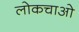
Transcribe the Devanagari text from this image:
लोकचाओ